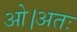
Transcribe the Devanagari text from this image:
ओ।अतः